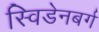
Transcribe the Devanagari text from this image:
स्विडेनबर्ग